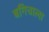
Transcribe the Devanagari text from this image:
बगिचाला